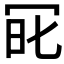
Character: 𠖆